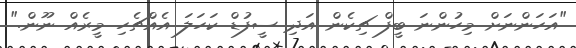
"އަހަންނަށް މިހުންނަ ބީފް ޗިކެން އަދި ސީފުޑް ކަހަލަ އެއްޗެހި މީރެއް ނޫން."